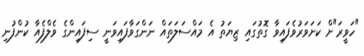
"ހަވީރަ"ށް ކަށަވަރުވެފައިވާ ގޮތުގައި ޒިޔަތު އެ މައްސަލަތައް ނަންގަވާފައިވަނީ ސިފައިންގެ ވެލްފެއާ ކުންފުނި